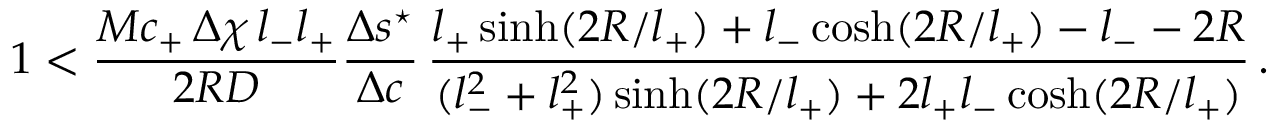
1 < \frac { M c _ { + } \, \Delta \chi \, l _ { - } l _ { + } } { 2 R D } \frac { \Delta s ^ { \star } } { \Delta c } \, \frac { l _ { + } \sinh ( 2 R / l _ { + } ) + l _ { - } \cosh ( 2 R / l _ { + } ) - l _ { - } - 2 R } { ( l _ { - } ^ { 2 } + l _ { + } ^ { 2 } ) \sinh ( 2 R / l _ { + } ) + 2 l _ { + } l _ { - } \cosh ( 2 R / l _ { + } ) } \, .